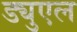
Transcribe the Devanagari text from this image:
ड्युएल